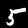
Label: 5